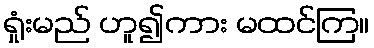
ရှုံးမည် ဟူ၍ကား မထင်ကြ။